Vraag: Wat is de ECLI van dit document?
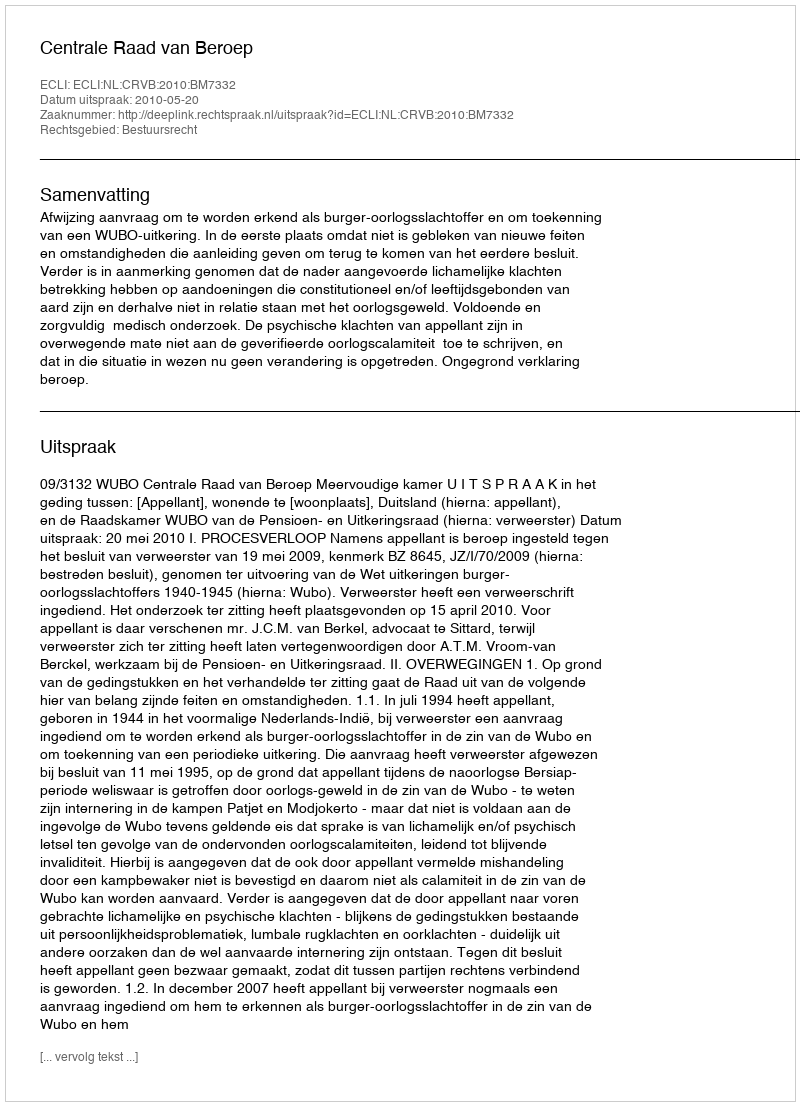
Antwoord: ECLI:NL:CRVB:2010:BM7332